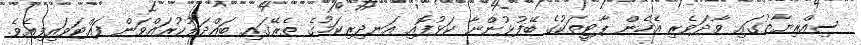
ސިއްރިޔާތުގައި ވާދަވެރި އެހެން ޕާޓީތަކުގެ ބޭފުޅުންނާ ކަޅުފޮއި އަނދިރިކަމުގެ ތެރޭގައި ބައްދަލުކުރައްވަން ފައްޓަވައިފިއެވެ.